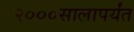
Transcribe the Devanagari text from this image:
२०००सालापर्यंत